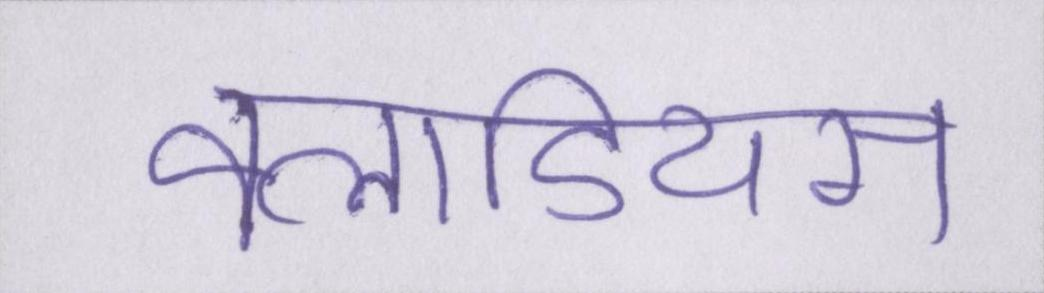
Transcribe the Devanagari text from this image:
क्लाडियस